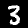
Digit: 3